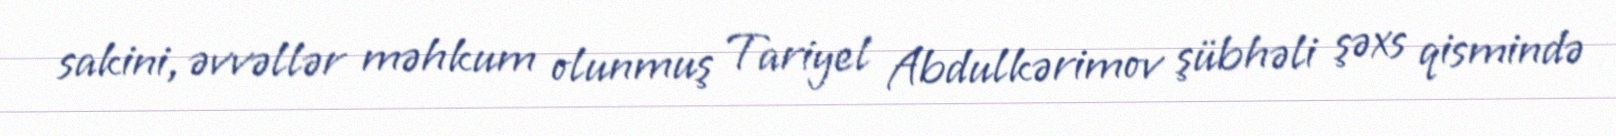
sakini, əvvəllər məhkum olunmuş Tariyel Abdulkərimov şübhəli şəxs qismində